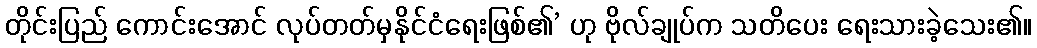
တိုင်းပြည် ကောင်းအောင် လုပ်တတ်မှနိုင်ငံရေးဖြစ်၏’ ဟု ဗိုလ်ချုပ်က သတိပေး ရေးသားခဲ့သေး၏။